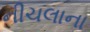
નીચલાના